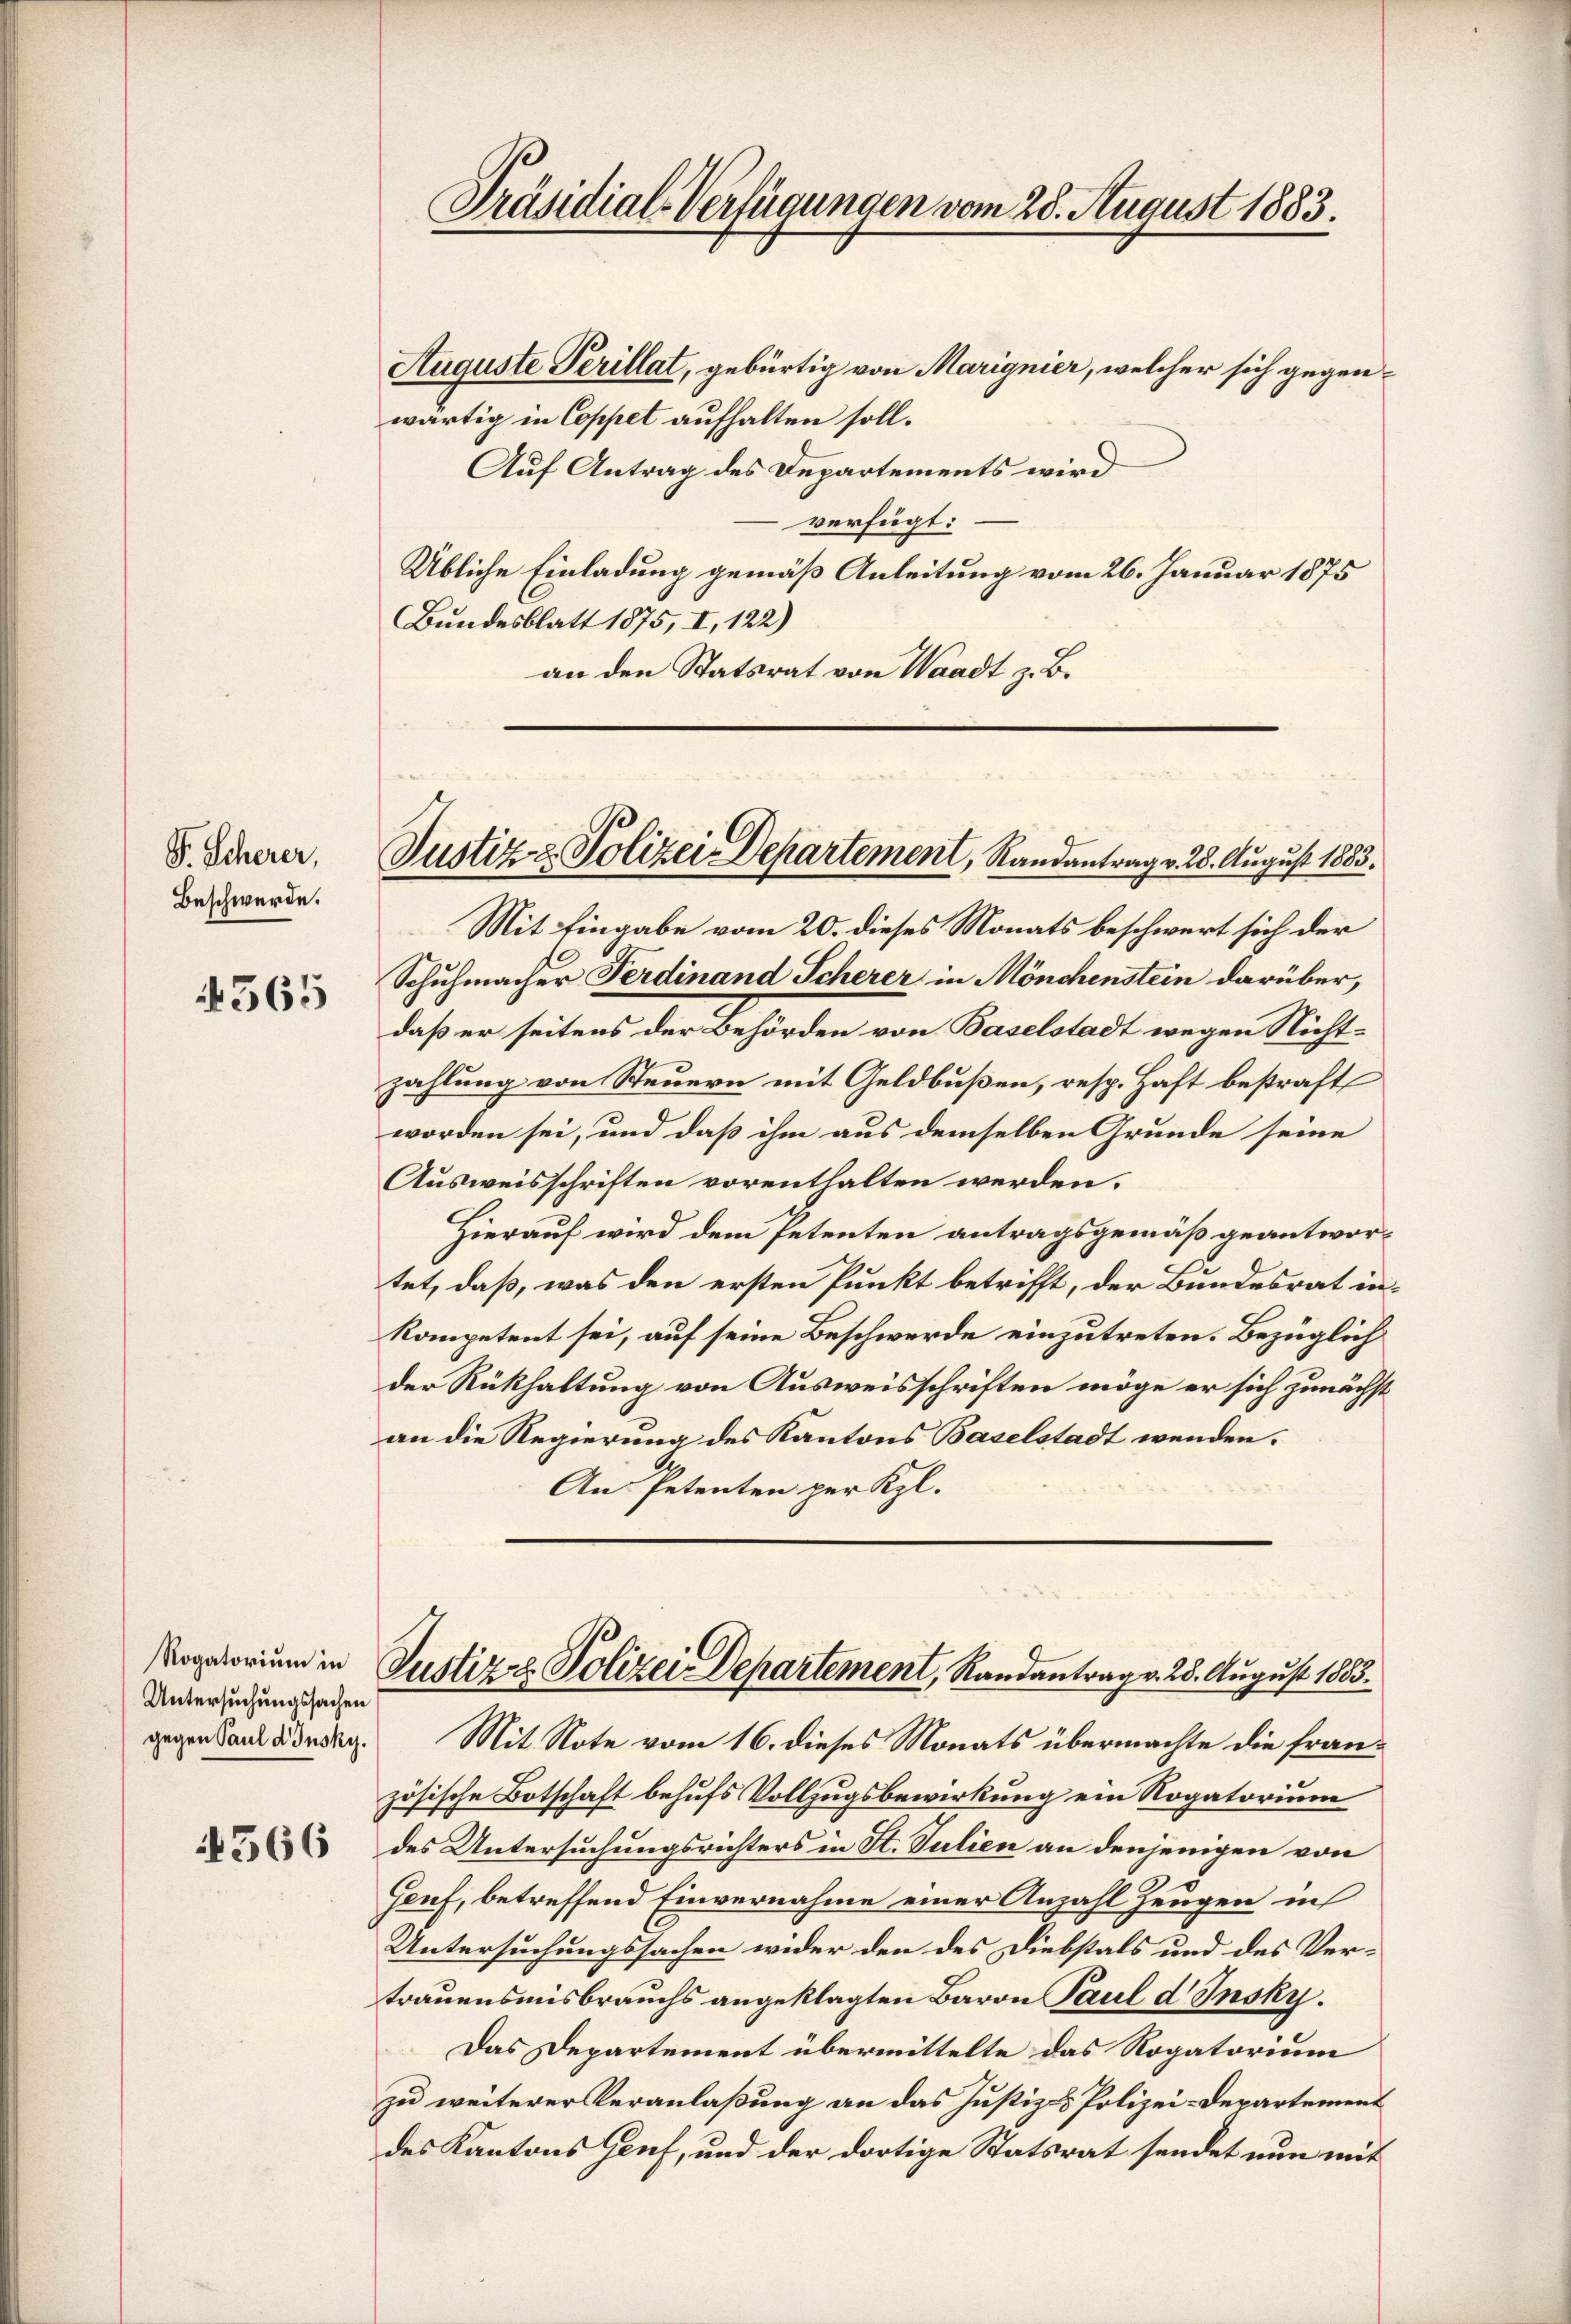
P. Scherer,
Beschwerde.

565

Untersuchungssachen

566

Präsidial-Verfügungen vom 28. August 1883.

Auguste Perillat, gebürtig von Marignier, welcher sich gegenwärtig in Coppet aufhalten soll.
Auf Antrag des Departements wird
verfügt:
Übliche Einladung gemäß Anleitung vom 26. Januar 1875
Bundesblatt 1875, I, 122)
an den Statsrat von Waadt z. B.

Justiz & Polizei Departement, Randantrag v. 28. August 1883.

Mit Eingabe vom 20. dieses Monats beschwert sich der
Schuhmacher Ferdinand Scherer in Mönchenstein darüber,
daß er seitens der Behörden von Baselstadt wegen Nichtzahlung von Steuern mit Geldbußen, resp. Haft bestraft
worden sei, und daß ihm aus demselben Grunde seine
Ausweisschriften vorenthalten werden.
Hierauf wird dem Petenten antragsgemäß geantwortet, daß, was den ersten Punkt betrifft, der Bundesrat inkompetent sei, auf seine Beschwerde einzutreten. Bezüglich
der Rükhaltung von Ausweisschriften möge er sich zunächst
an die Regierung des Kantons Baselstadt wenden.
An Petenten per Kgl.

gegen Sand diesen. Mit Note vom 16. dieses Monats übermachte die französische Botschaft behufs Vollzugsbewirkung ein Rogatorium
des Untersuchungsrichters in St. Julien an denjenigen von
Genf, betreffend Einvernahme einer Anzahl Zeugen in
Untersuchungssachen wider den des Diebstals und des Vertrauensmisbrauchs angeklagten Baron Paul d. Insky.
Das Departement übermittelte das Rogatorium
zu weiterer Veranlaßung an das Justiz- & Polizei-Departement
des Kantons Genf, und der dortige Statsrat sendet nun mit

Rogatorium in Justiz & Polizei Departement, Randantrag v. 25. August 1883.